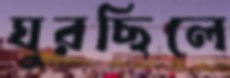
ঘুরছিলে